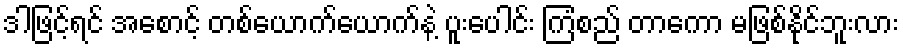
ဒါဖြင့်ရင် အစောင့် တစ်ယောက်ယောက်နဲ့ ပူးပေါင်း ကြံစည် တာကော မဖြစ်နိုင်ဘူးလား